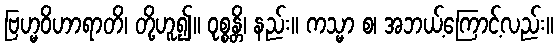
ဗြဟ္မဝိဟာရာတိ၊ တို့ဟူ၍။ ဝုစ္စန္တိ၊ နည်း။ ကသ္မာ စ၊ အဘယ့်ကြောင့်လည်း။